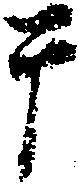
于